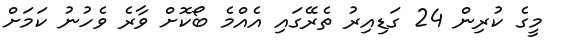
މީގެ ކުރިން 24 ގަޑިއިރު ތެރޭގައި އެއްމެ ބޯކޮށް ވާރެ ވެހުނު ކަމަށް